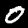
Label: 0